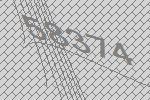
58374